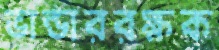
ভান্ডাররক্ষক